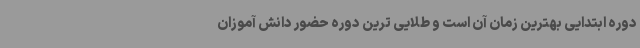
دوره ابتدایی بهترین زمان آن است و طلایی ترین دوره حضور دانش آموزان